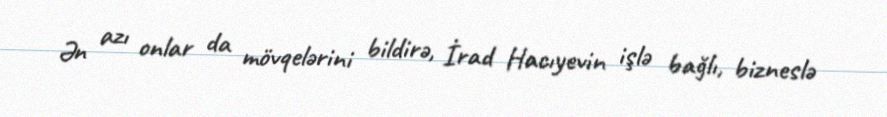
Ən azı onlar da mövqelərini bildirə, İrad Hacıyevin işlə bağlı, bizneslə